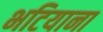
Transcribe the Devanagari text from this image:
भटियाना